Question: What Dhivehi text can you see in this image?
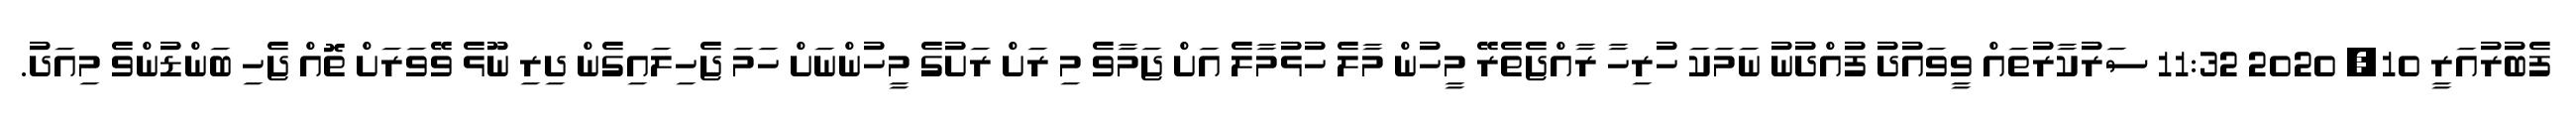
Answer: ފެބުރުއަރީ 10, 2020 11:32 ސަރުކާރުތައް ވީވައުދު ފުއްދުނު ނަމަކަ ހުރިހާ ރާއްޖެތެރޭ މީހުން މާލެ ހުޅުމާލެ އަށް ޖަމާވެ މި ރަށް ރަށުގެ މީހުންނަށް ހަމަ ޖެހިލައިގެން ދިރި ނޫޅެ ވޭވަރަށް ތޮއް ޖެހި ބަންޑުންވެ މިއަދު.